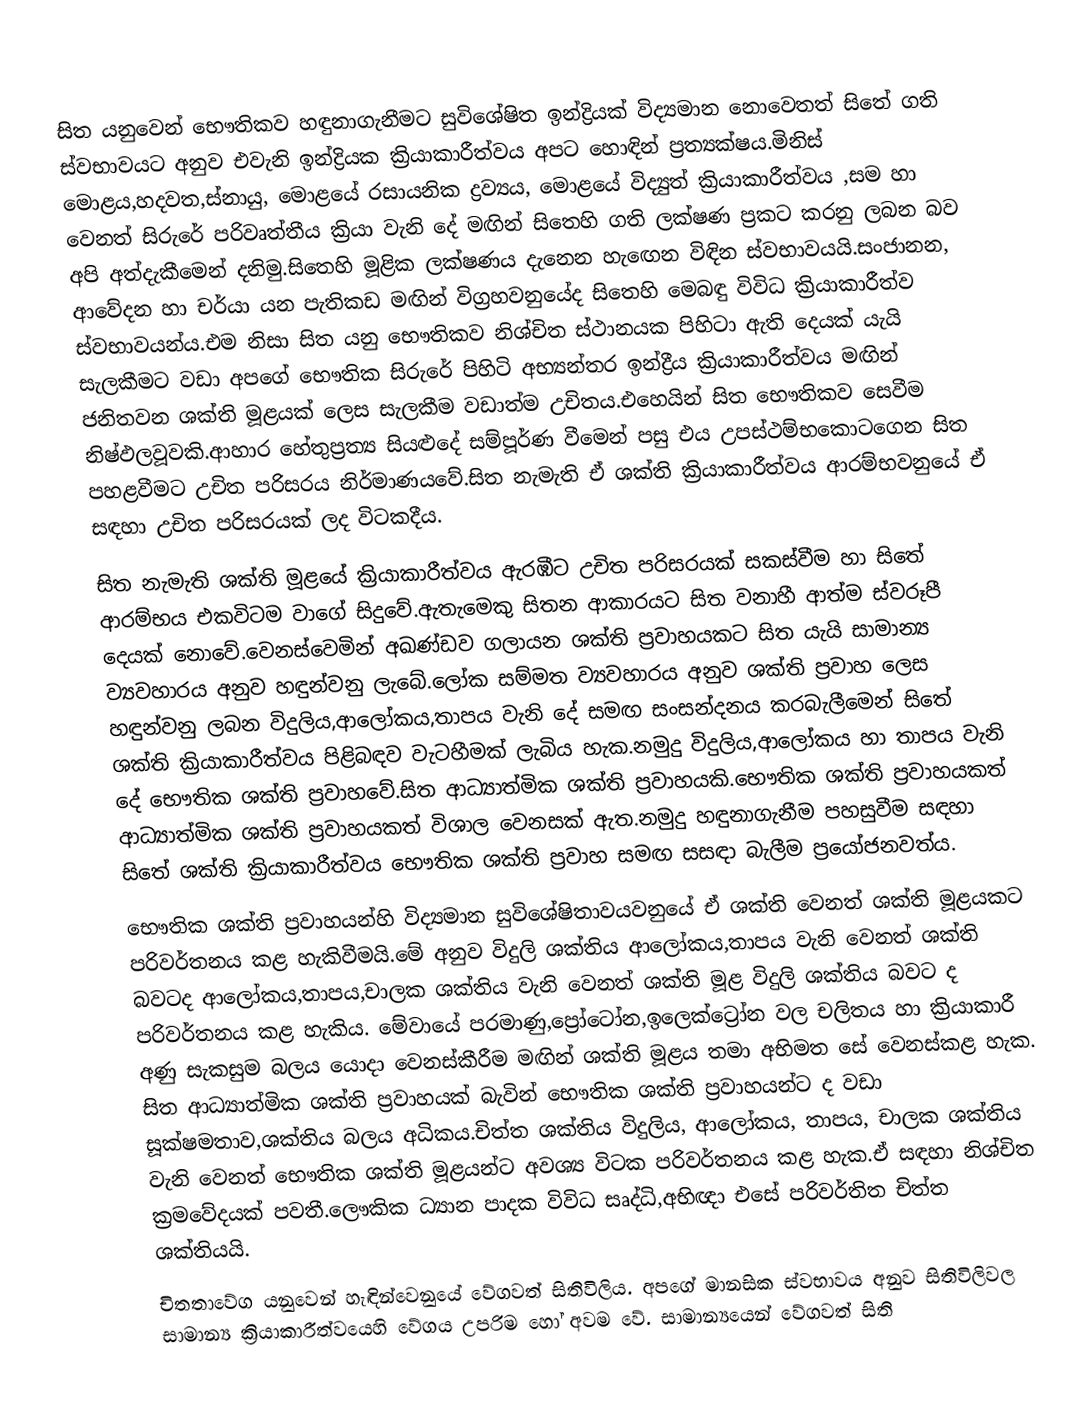
සිත යනුවෙන් භෞතිකව හඳුනාගැනීමට සුවිශේෂිත ඉන්ද්‍රියක් විද්‍යමාන නොවෙතත් සිතේ ගති ස්වභාවයට අනුව එවැනි ඉන්ද්‍රියක ක්‍රියාකාරීත්වය අපට හොඳින් ප්‍රත්‍යක්ෂය.මිනිස් මොළය,හදවත,ස්නායු, මොළයේ රසායනික ද්‍රව්‍යය, මොළයේ විද්‍යුත් ක්‍රියාකාරීත්වය ,සම හා වෙනත් සිරුරේ පරිවෘත්තීය ක්‍රියා වැනි දේ මඟින් සිතෙහි ගති ලක්ෂණ ප්‍රකට කරනු ලබන බව අපි අත්දැකීමෙන් දනිමු.සිතෙහි මූළික ලක්ෂණය දැනෙන හැ‍ඟෙන විඳින ස්වභාවයයි.සංජානන, ආවේදන හා චර්යා යන පැතිකඩ මඟින් විග්‍රහවනුයේද සිතෙහි මෙබඳු විවිධ ක්‍රියාකාරීත්ව ස්වභාවයන්ය.එම නිසා සිත යනු භෞතිකව නිශ්චිත ස්ථානයක පිහිටා ඇති දෙයක් යැයි සැලකීමට වඩා අපගේ භෞතික සිරුරේ පිහිටි අභ්‍යන්තර ඉන්ද්‍රීය ක්‍රියාකාරීත්වය මඟින් ජනිතවන ශක්ති මූළයක් ලෙස සැලකීම වඩාත්ම උචිතය.එහෙයින් සිත භෞතිකව සෙවීම නිෂ්ඵලවූවකි.ආහාර හේතුප්‍රත්‍ය සියළුදේ සම්පූර්ණ වීමෙන් පසු එය උපස්ථම්භකොටගෙන සිත පහළවීමට උචිත පරිසරය නිර්මාණයවේ.සිත නැමැති ඒ ශක්ති ක්‍රියාකාරීත්වය ආරම්භවනුයේ ඒ සඳහා උචිත පරිසරයක් ලද විටකදීය.
සිත නැමැති ශක්ති මූළයේ ක්‍රියාකාරීත්වය ඇරඹීට උචිත පරිසරයක් සකස්වීම හා සිතේ ආරම්භය එකවිටම වාගේ සිදුවේ.ඇතැමෙකු සිතන ආකාරයට සිත වනාහී ආත්ම ස්වරූපී දෙයක් නොවේ.වෙනස්වෙමින් අඛණ්ඩව ගලායන ශක්ති ප්‍රවාහයකට සිත යැයි සාමාන්‍ය ව්‍යවහාරය අනුව හඳුන්වනු ලැබේ.ලෝක සම්මත ව්‍යවහාරය අනුව ශක්ති ප්‍රවාහ  ලෙස හඳුන්වනු ලබන විදුලිය,ආලෝකය,තාපය වැනි දේ සමඟ සංසන්දනය කරබැලීමෙන් සිතේ ශක්ති ක්‍රියාකාරීත්වය පිළිබඳව වැටහීමක් ලැබිය හැක.නමුදු විදුලිය,ආලෝකය හා තාපය වැනි දේ භෞතික ශක්ති ප්‍රවාහවේ.සිත ආධ්‍යාත්මික ශක්ති ප්‍රවාහයකි.භෞතික ශක්ති ප්‍රවාහයකත් ආධ්‍යාත්මික ශක්ති ප්‍රවාහයකත් විශාල වෙනසක් ඇත.නමුදු හඳුනාගැනීම පහසුවීම සඳහා සිතේ ශක්ති ක්‍රියාකාරීත්වය භෞතික ශක්ති ප්‍රවාහ සමඟ සසඳා බැලීම ප්‍රයෝජනවත්ය.
‍භෞතික ශක්ති ප්‍රවාහයන්හි විද්‍යමාන සුවිශේෂිතාවයවනුයේ ඒ ශක්ති වෙනත් ශක්ති මූළයකට පරිවර්තනය කළ හැකිවීමයි.මේ අනුව විදුලි ශක්තිය ආලෝකය,තාපය වැනි වෙනත් ශක්ති බවටද ආලෝකය,තාපය,චාලක ශක්තිය වැනි වෙනත් ශක්ති මූළ විදුලි ශක්තිය බවට ද පරිවර්තනය කළ හැකිය. මේවායේ පරමාණු,ප්‍රෝටෝන,ඉලෙක්ට්‍රෝන වල චලිතය හා ක්‍රියාකාරී අණු සැකසුම බලය යොදා වෙනස්කීරීම මඟින් ශක්ති මූළය තමා අභිමත සේ වෙනස්කළ හැක. සිත ආධ්‍යාත්මික ශක්ති ප්‍රවාහයක් බැවින් භෞතික ශක්ති ප්‍රවාහයන්ට ද වඩා සූක්ෂමතාව,ශක්තිය බලය අධිකය.චිත්ත ශක්තිය විදුලිය, ආලෝකය, තාපය, චාලක ශක්තිය වැනි වෙනත් භෞතික ශක්ති මූළයන්ට අවශ්‍ය විටක පරිවර්තනය කළ හැක.ඒ සඳහා නිශ්චිත ක්‍රමවේදයක් පවතී.ලෞකික ධ්‍යාන පාදක විවිධ සෘද්ධි,අභිඥා එසේ පරිවර්තිත චිත්ත ශක්තියයි.
චිතතාවේග යනුවෙන් හැඳින්වෙනුයේ වේගවත් සිතිවිලිය. අපගේ මානසික ස්වභාවය අනුව සිතිවිලිවල සාමාන්‍ය ක්‍රියාකාරීත්වයෙහි වේගය උපරිම හෝ අවම වේ. සාමාන්‍යයෙන් වේගවත් සිති